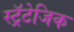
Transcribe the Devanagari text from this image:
स्ट्रॅटेजिक